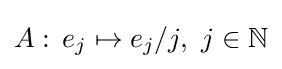
A:\,e_{j}\mapsto e_{j}/j,~j\in \mathbb {N}